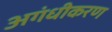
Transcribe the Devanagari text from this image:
अगंधीकरण